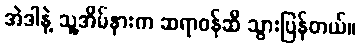
အဲဒါနဲ့ သူ့အိမ်နားက ဆရာဝန်ဆီ သွားပြန်တယ်။